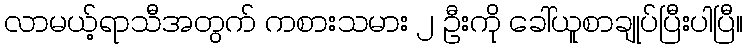
လာမယ့်ရာသီအတွက် ကစားသမား ၂ ဦးကို ခေါ်ယူစာချုပ်ပြီးပါပြီ။